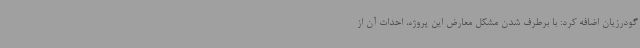
گودرزیان اضافه کرد: با برطرف شدن مشکل معارض این پروژه، احداث آن از